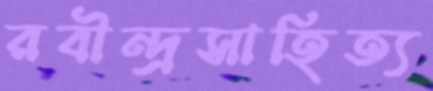
রবীন্দ্রসাহিত্য